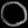
Digit: ၀